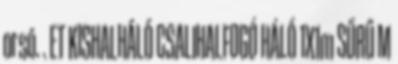
orsó. . ET KISHALHÁLÓ CSALIHALFOGÓ HÁLÓ 1X1m SŰRŰ M